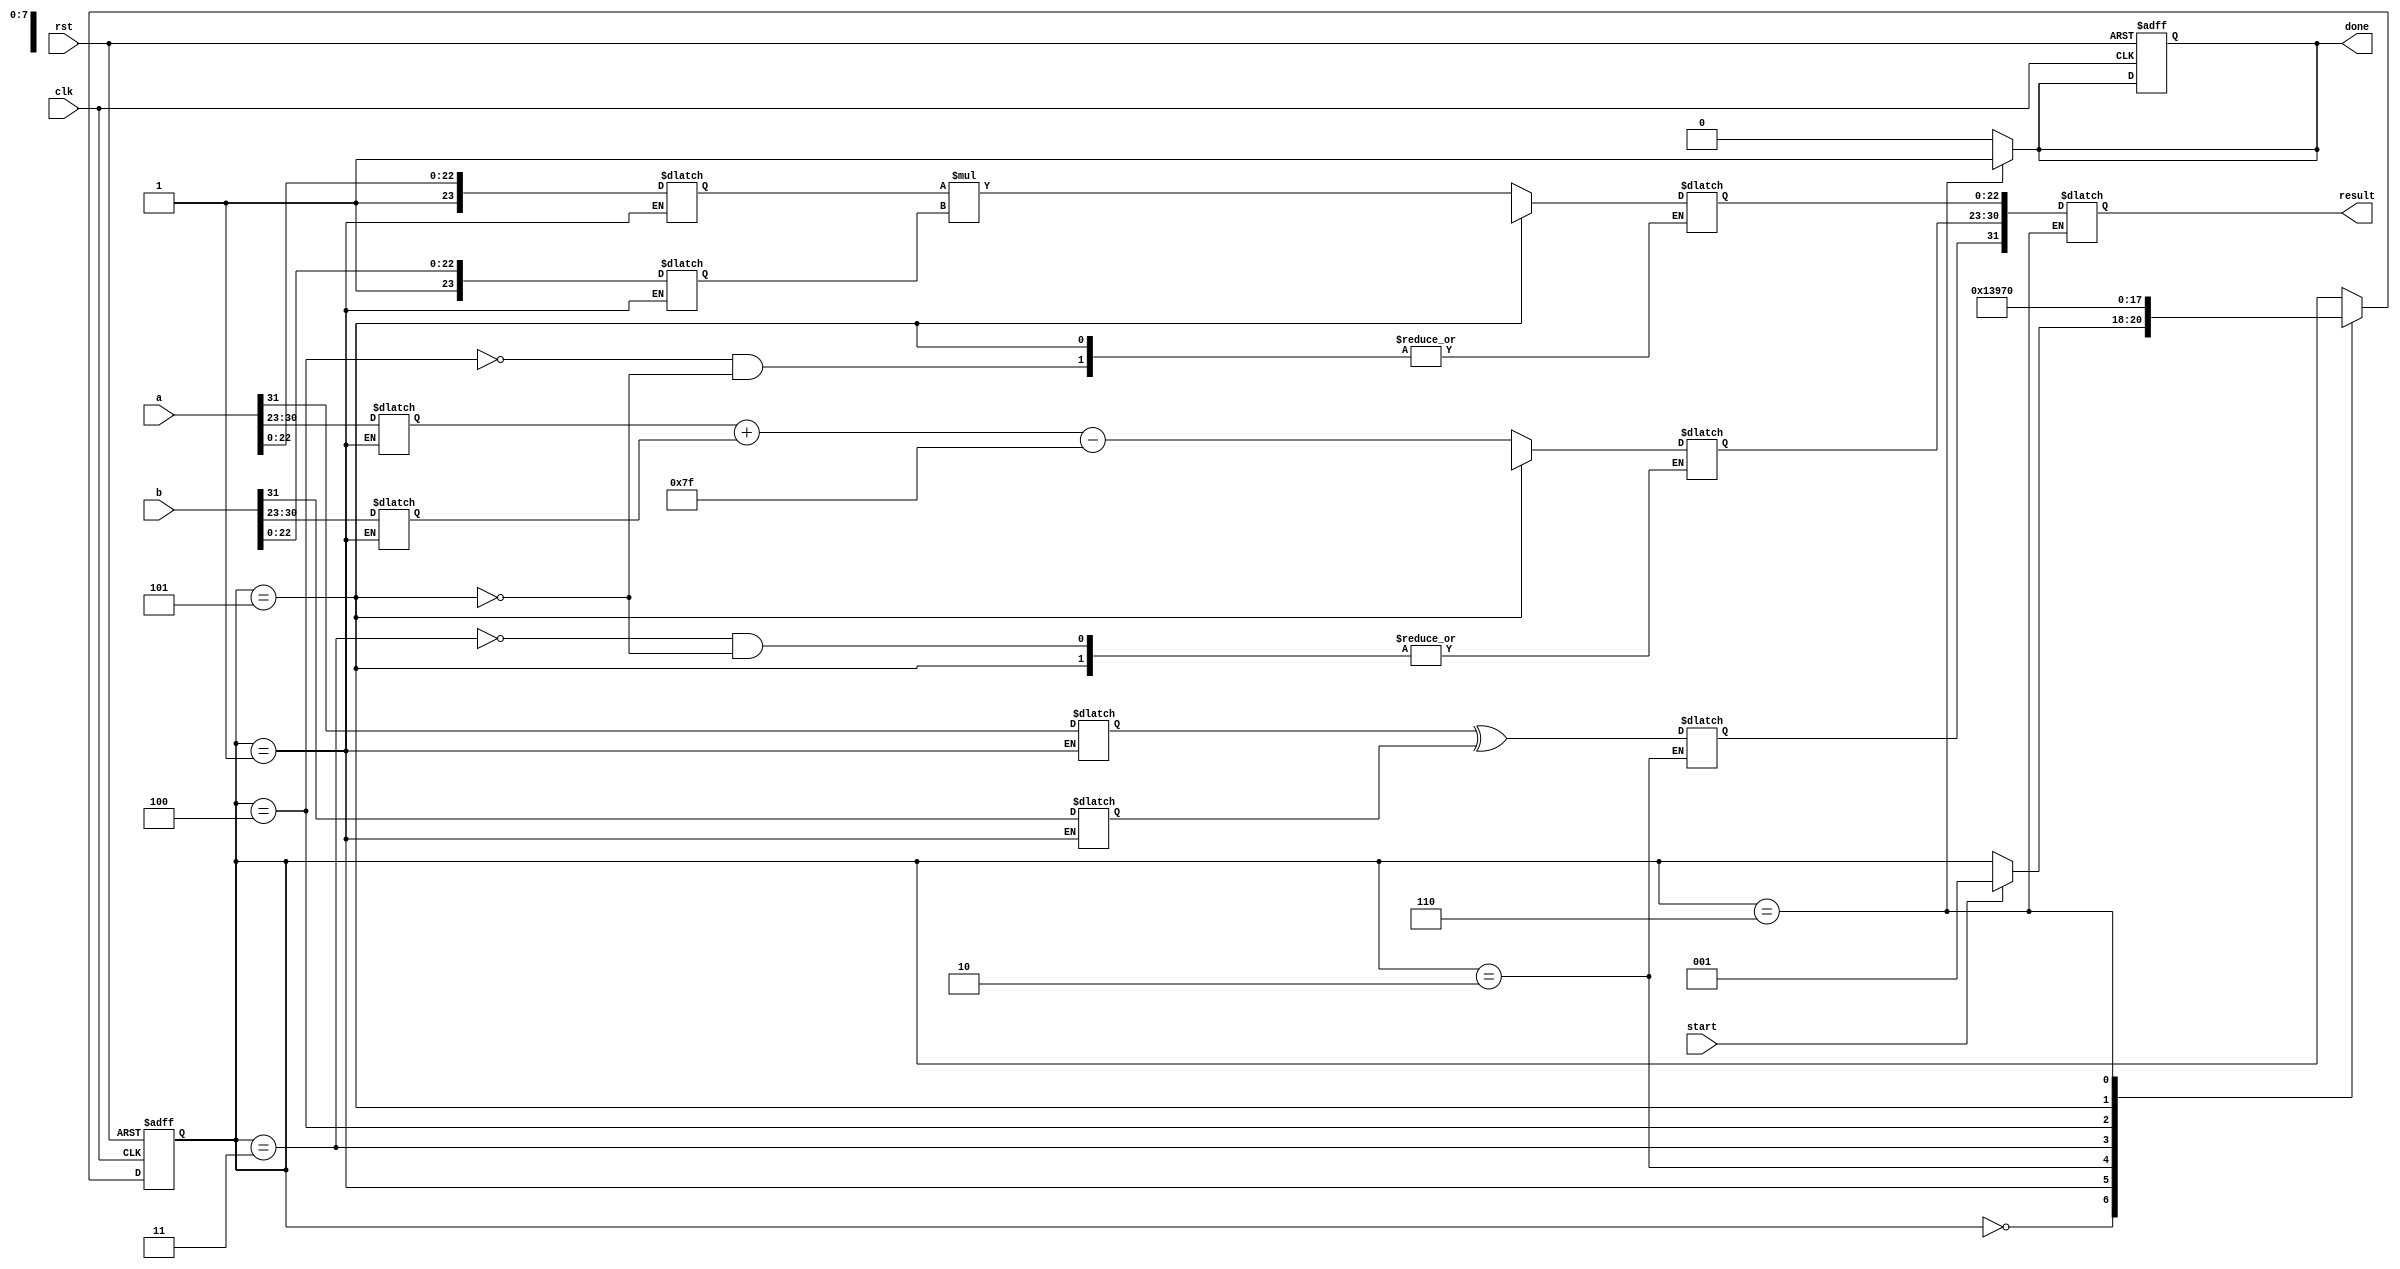
module fp_multiplier (
    input clk,
    input rst,
    input start,
    input [31:0] a, // First floating-point number
    input [31:0] b, // Second floating-point number
    output reg [31:0] result, // Result of multiplication
    output reg done // Indicates completion of multiplication
);

    // IEEE 754 components
    reg sign_a, sign_b, sign_result;
    reg [7:0] exp_a, exp_b, exp_result;
    reg [23:0] mant_a, mant_b, mant_result;

    // Pipeline registers
    reg [2:0] state;
    reg [2:0] next_state;

    // State definitions
    localparam IDLE = 3'b000,
               UNPACK = 3'b001,
               SIGN = 3'b010,
               EXPONENT = 3'b011,
               MANTISSA = 3'b100,
               NORMALIZE = 3'b101,
               PACK = 3'b110;

    // Bias for single-precision floating-point
    localparam BIAS = 8'd127;

    // Control FSM
    always @(posedge clk or posedge rst) begin
        if (rst) begin
            state <= IDLE;
            done <= 0;
        end else begin
            state <= next_state;
        end
    end

    // State transitions and output logic
    always @(*) begin
        next_state = state;
        done = 0;
        case (state)
            IDLE: begin
                if (start) begin
                    next_state = UNPACK;
                end
            end
            UNPACK: begin
                // Unpack the inputs
                sign_a = a[31];
                exp_a = a[30:23];
                mant_a = {1'b1, a[22:0]}; // Implicit leading 1 for normalized numbers
                sign_b = b[31];
                exp_b = b[30:23];
                mant_b = {1'b1, b[22:0]}; // Implicit leading 1 for normalized numbers
                next_state = SIGN;
            end
            SIGN: begin
                // Compute the sign of the result
                sign_result = sign_a ^ sign_b;
                next_state = EXPONENT;
            end
            EXPONENT: begin
                // Add the exponents and adjust for bias
                exp_result = exp_a + exp_b - BIAS;
                next_state = MANTISSA;
            end
            MANTISSA: begin
                // Multiply the significands
                mant_result = mant_a * mant_b;
                next_state = NORMALIZE;
            end
            NORMALIZE: begin
                // Normalize the result
                if (mant_result[47]) begin // Check for overflow
                    mant_result = mant_result >> 1;
                    exp_result = exp_result + 1;
                end
                // Handle underflow (not fully implemented)
                next_state = PACK;
            end
            PACK: begin
                // Pack the result
                result = {sign_result, exp_result[7:0], mant_result[22:0]};
                done = 1; // Indicate completion
                next_state = IDLE; // Go back to idle
            end
        endcase
    end

endmodule